Sanitation, dispensaries and jails vaccination Rajputana 1922-1927 - 1922-1927
Year: 1922
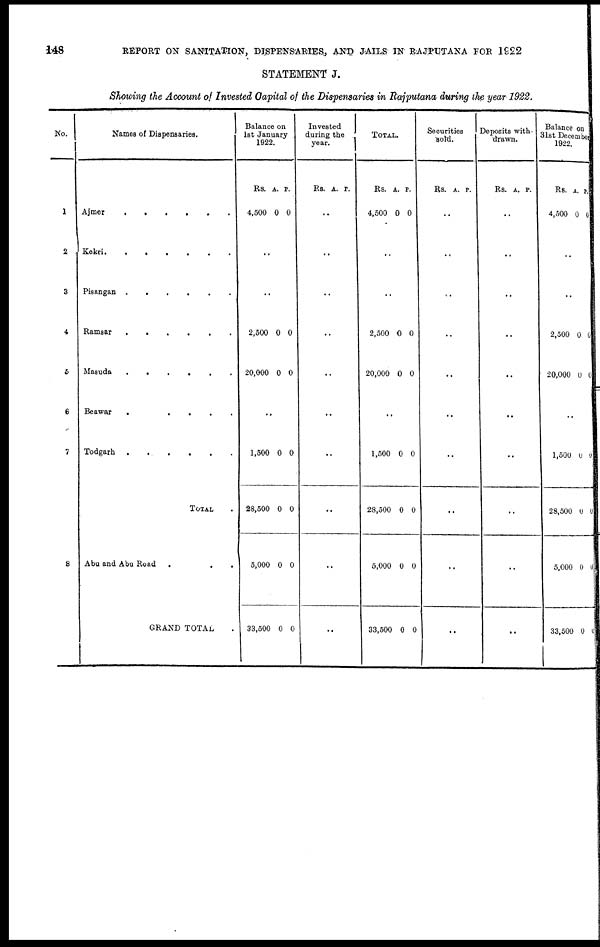
148
REPORT ON SANITATION, DISPENSARIES, AND JAILS IN RAJPUTANA FOR 1922
STATEMENT J.
Showing the Account of Invested Capital of the Dispensaries in Rajputana during the year 1922.
No.
1
2
3
4
5
6
7
8
Names of Dispensaries.
Ajmer . . . . . .
Kekri . . . . . . .
Pisagan . . . . . . .
Ramsar
.
.
.
.
.
.
Masuda
.
.
.
.
.
.
Beawar
.
.
.
.
.
Todgarh
. . . . . .
TOTAL .
Abu and Abu Road
.
. .
GRAND TOTAL .
Balance on
1st January
1922.
Rs.
4,500
A.
0
P.
0
..
..
2,500
20,000
0
0
0
0
..
1,500
28,500
5,000
33,500
0
0
0
0
0
0
0
0
Invested
during the
year.
Rs. A. P.
..
..
..
..
..
..
..
..
..
..
TOTAL.
Rs.
4,500
A.
0
P.
0
..
..
2,500
20,000
0
0
0
0
..
1,500
28,500
5,000
33,500
0
0
0
0
0
0
0
0
Securities
sold.
Rs. A. P.
..
..
..
..
..
..
..
..
..
..
Deposits with-
drawn.
Rs. A. P.
..
..
..
..
..
..
..
..
..
..
Balance on
31st December
1922.
Rs.
4,500
A.
0
P.
0
..
..
2,500
20,000
0
0
0
0
..
11,500
28,500
5,000
33,500
0
0
0
0
0
0
0
0